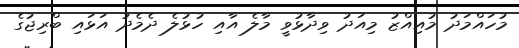
މުހައްމަދު މުއިއްޒު މިއަދު ވިދާޅުވީ މާލެ އާއި ހުޅުލެ ދެމެދު އަޅައި ބްރިޖުގެ